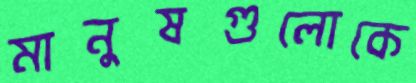
মানুষগুলোকে